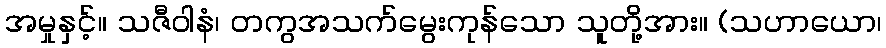
အမှုနှင့်။ သဇီဝါနံ၊ တကွအသက်မွေးကုန်သော သူတို့အား။ (သဟာယော၊